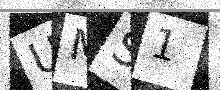
Text: UMS1